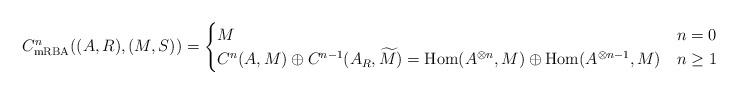
LaTeX: \begin{align*}C^n_\mathrm{mRBA} ((A,R), (M,S)) = \begin{cases} M & n =0,\\C^n (A, M) \oplus C^{n-1}(A_R,\widetilde{M}) = \mathrm{Hom} (A^{\otimes n}, M) \oplus \mathrm{Hom}(A^{\otimes n-1}, {M}) & n \geq 1.\end{cases}\end{align*}